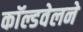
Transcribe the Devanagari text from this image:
काॅल्डवेलने